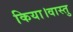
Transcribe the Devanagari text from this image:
किया।वास्तु